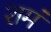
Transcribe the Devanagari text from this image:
शमं